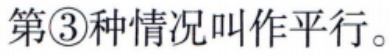
第\textcircled{3}种情况叫作平行。